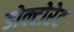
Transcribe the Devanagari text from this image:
डोक्टोरेट